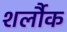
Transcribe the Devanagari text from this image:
शर्लौक